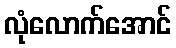
လုံလောက်အောင်